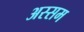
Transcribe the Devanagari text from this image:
अस्सम